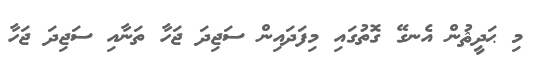
މި ޙަދީޘުން އެނގޭ ގޮތުގައި މިފަދައިން ސަޖިދަ ޖަހާ ތަނާއި ސަޖިދަ ޖަހާ